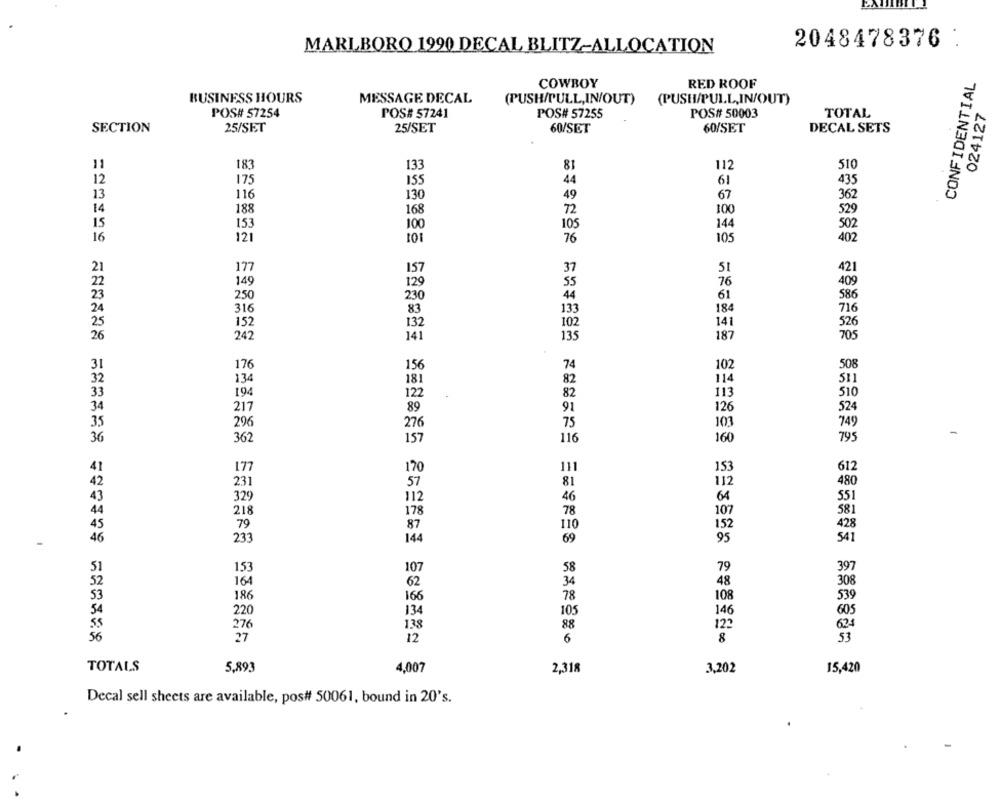
MARLBORO 1990 DECAL BLITZ-ALLOCATION
2048478376 :
CONFIDENTIAL
COWBOY
RED ROOF
BUSINESS HOURS
MESSAGE DECAL
(PUSH/PULL,IN/OUT)
(PUSH/PULL,IN/OUT)
TOTAL
024127
POS# 57254
POS# 57241
POS# 57255
POS# 50003
25/SET
25/SET
60/SET
DECAL SETS
SECTION
60/SET
11
183
133
81
112
510
12
175
ISS
44
61
435
13
116
130
49
67
362
14
529
188
168
72
100
15
153
144
502
100
105
16
121
101
76
105
402
21
177
157
37
51
421
22
149
129
55
76
409
23
250
44
61
586
230
24
316
83
133
184
716
152
132
102
141
526
26
141
187
705
242
135
31
176
156
74
102
508
134
181
82
114
511
33
194
82
113
510
122
34
217
89
91
126
524
296
276
75
103
749
36
362
157
116
160
795
177
170
111
153
612
81
112
480
231
57
46
64
551
329
112
218
178
78
107
581
79
87
110
152
428
46
233
144
69
95
541
153
107
58
79
397
164
62
34
48
308
186
166
78
108
539
220
134
105
146
605
276
1.38
122
624
88
27
12
6
8
53
TOTALS
5,893
4,007
2,318
3,202
15,420
Decal sell sheets are available, pos# 50061, bound in 20's.